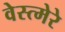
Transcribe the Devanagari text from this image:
वेस्त्मेरे